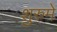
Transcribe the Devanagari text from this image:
शुरुमे